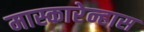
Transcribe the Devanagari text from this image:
मास्कारेन्हास